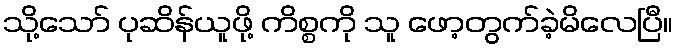
သို့သော် ပုဆိန်ယူဖို့ ကိစ္စကို သူ ဖော့တွက်ခဲ့မိလေပြီ။